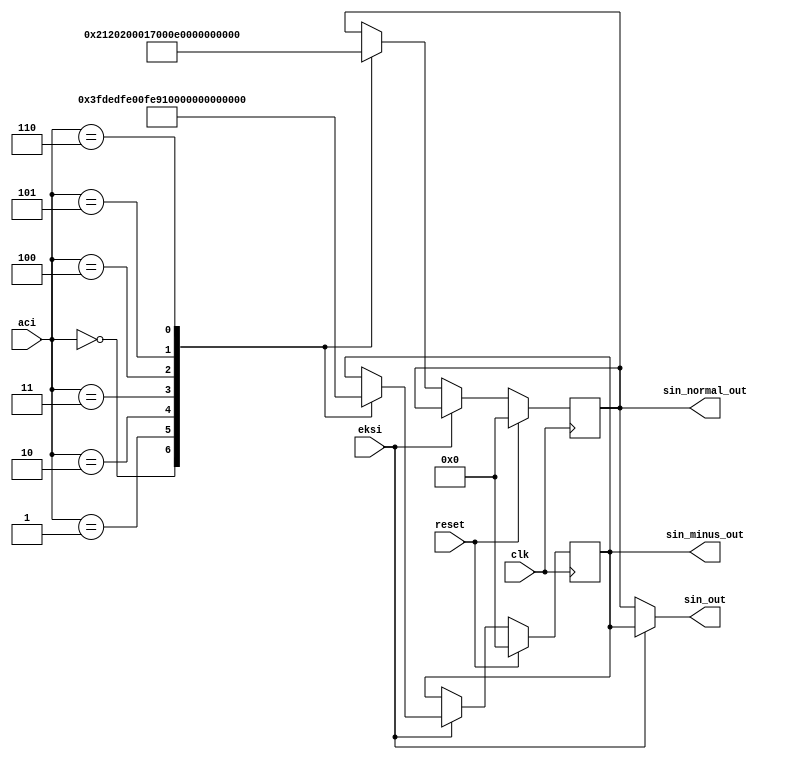
`timescale 1ns / 1ps

module SinLookUp(clk,reset,eksi,aci,sin_normal_out,sin_minus_out,sin_out);
input [2:0]aci; //  7 ADET ACI BULUNMAKTADIR
input eksi;
input clk,reset;

output reg signed [16:0]sin_normal_out;  // FORMAT Q7.10
output reg signed [16:0]sin_minus_out;   // FORMAT Q7.10
output signed [16:0] sin_out; // FORMAT Q7.10


always@(posedge clk) begin

      if (reset) begin      
         sin_normal_out <= 17'd0;
         sin_minus_out  <= 17'd0;
      end
      else begin 
            if (eksi==0) begin
                case(aci)
                3'b000 : sin_normal_out  <= 17'b0000000_0000000000; //0
                3'b001 : sin_normal_out  <= 17'b0000000_0100001001; //15 ** radian value
              //3'b010 : sin_normal_out  <= 17'b1111111_0000001100; //30
                3'b010 : sin_normal_out  <= 17'b0000000_1000000000; //30 **
                3'b011 : sin_normal_out  <= 17'b0000000_1011100000; //45 **
              //3'b100 : sin_normal_out  <= 17'b1111111_1011000101; //60
                3'b100 : sin_normal_out  <= 17'b0000000_1101110110; //60 **
              //3'd101 : sin_normal_out  <= 17'b1111111_1001110010; //75
                3'b101 : sin_normal_out  <= 17'b0000000_1111011101; //75 **
              //3'd110 : sin_normal_out  <= 17'b0000000_1110010011; //90
                3'b110 : sin_normal_out  <= 17'b0000001_0000000000; //90 **
                endcase
             end
           
            else if (eksi==1) begin //sin_eksi_aci
                case(aci) 
                3'b000 : sin_minus_out  <= 17'b0000000_0000000000; //0
                //3'b001 : sin_minus_out  <= 17'b1111111_0101100110; //-15
                3'b001 : sin_minus_out  <= 17'b1111111_1011110110; //-15 **
                //3'b010 : sin_minus_out  <= 17'b0000000_1111110011; //-30
                3'b010 : sin_minus_out  <= 17'b1111111_1000000000; //-30 
                3'b011 : sin_minus_out  <= 17'b1111111_0100100001; //-45 **
              //3'b100 : sin_minus_out  <= 17'b0000000_0100111000; //-60
                3'b100 : sin_minus_out  <= 17'b1111111_0010001001; //-60 **
              //3'b101 : sin_minus_out  <= 17'b0000000_0110001101; //-75
                3'b101 : sin_minus_out  <= 17'b1111111_0000100010; //-75 **
                //3'b110 : sin_minus_out  <= 17'b1111111_0001101100; //-90
                3'b110 : sin_minus_out  <= 17'b1111111_0000000000; //-90 **
                endcase
           end
     end 
end
    
assign sin_out = (eksi) ? sin_minus_out : sin_normal_out ; 

endmodule